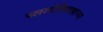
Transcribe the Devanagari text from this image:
फलज्योतिषशास्त्राच्या